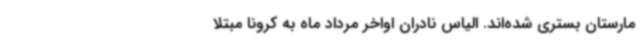
مارستان بستری شده‌اند. الیاس نادران اواخر مرداد ماه به کرونا مبتلا